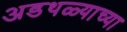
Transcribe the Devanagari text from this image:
अडथळ्याच्या